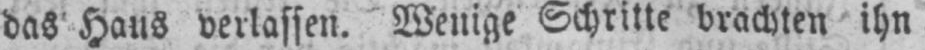
das Haus verlassen. Wenige Schritte brachten ihn